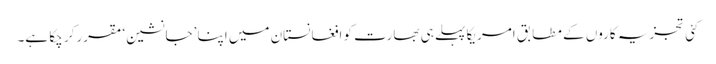
کئی تجزیہ کاروں کے مطابق امریکا پہلے ہی بھارت کو افغانستان میں اپنا ’جانشین‘ مقرر کر چکا ہے۔